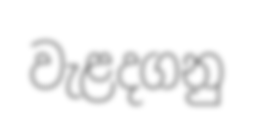
වැළදගනු